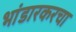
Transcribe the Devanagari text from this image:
भांडारकरचा